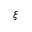
\xi